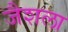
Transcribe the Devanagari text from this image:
जैशला